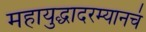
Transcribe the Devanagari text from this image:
महायुद्धादरम्यानचं